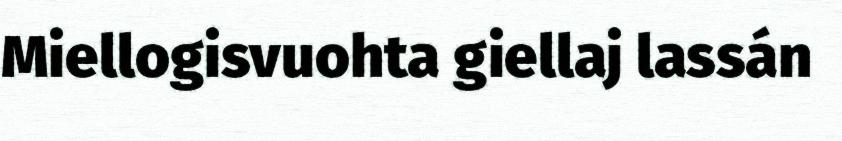
Miellogisvuohta giellaj lassán